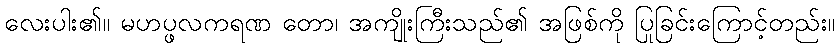
လေးပါး၏။ မဟပ္ဖလကရဏ တော၊ အကျိုးကြီးသည်၏ အဖြစ်ကို ပြုခြင်းကြောင့်တည်း။